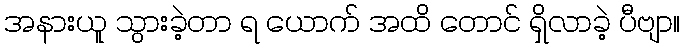
အနားယူ သွားခဲ့တာ ရ ယောက် အထိ တောင် ရှိလာခဲ့ ပီဗျာ။